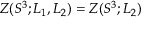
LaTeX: { \cal Z } ( S ^ { 3 } ; L _ { 1 } , L _ { 2 } ) = { \cal Z } ( S ^ { 3 } ; L _ { 2 } )